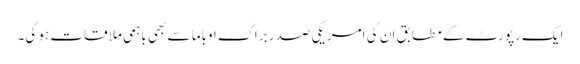
ایک رپورٹ کے مطابق ان کی امریکی صدر براک اوباما سے بھی باہمی ملاقات ہو گی۔